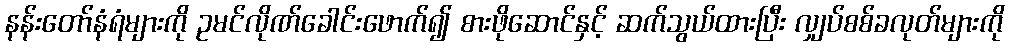
နန်းတော်နံရံများကို ဥမင်လိုဏ်ခေါင်းဖောက်၍ စားဖိုဆောင်နှင့် ဆက်သွယ်ထားပြီး လျှပ်စစ်ခလုတ်များကို